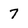
Character: 7